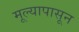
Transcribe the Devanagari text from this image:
मूल्यापासून